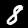
Digit: 8